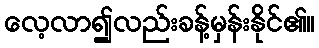
လေ့လာ၍လည်းခန့်မှန်းနိုင်၏။